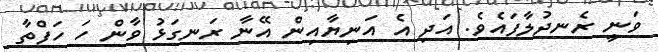
ވަނީ ރެނދުލާފައެވެ. އަދި އެ އަނިޔާއިން އޭނާ ރަނގަޅު ވާން ހަ ހަފްތާ